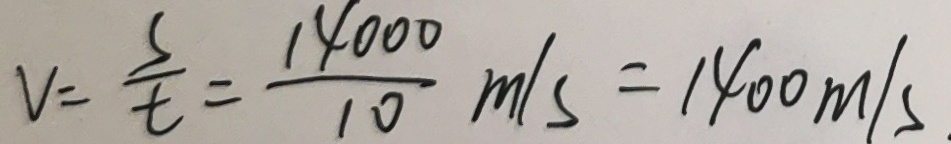
V = \frac { s } { t } = \frac { 1 4 0 0 0 } { 1 0 } m / s = 1 4 0 0 m / s